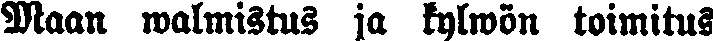
Maan walmistus ja kylwön toimitus